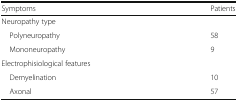
<table><thead><tr><td><b>Symptoms</b></td><td><b>Patients</b></td></tr></thead><tbody><tr><td colspan="2">Neuropathy type</td></tr><tr><td> Polyneuropathy</td><td>58</td></tr><tr><td> Mononeuropathy</td><td>9</td></tr><tr><td colspan="2">Electrophisiological features</td></tr><tr><td> Demyelination</td><td>10</td></tr><tr><td> Axonal</td><td>57</td></tr></tbody></table>